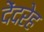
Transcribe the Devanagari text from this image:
देंदरेह